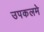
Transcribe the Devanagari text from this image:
उपकलमे